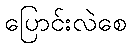
ပြောင်းလဲစေ